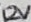
Text: 12V